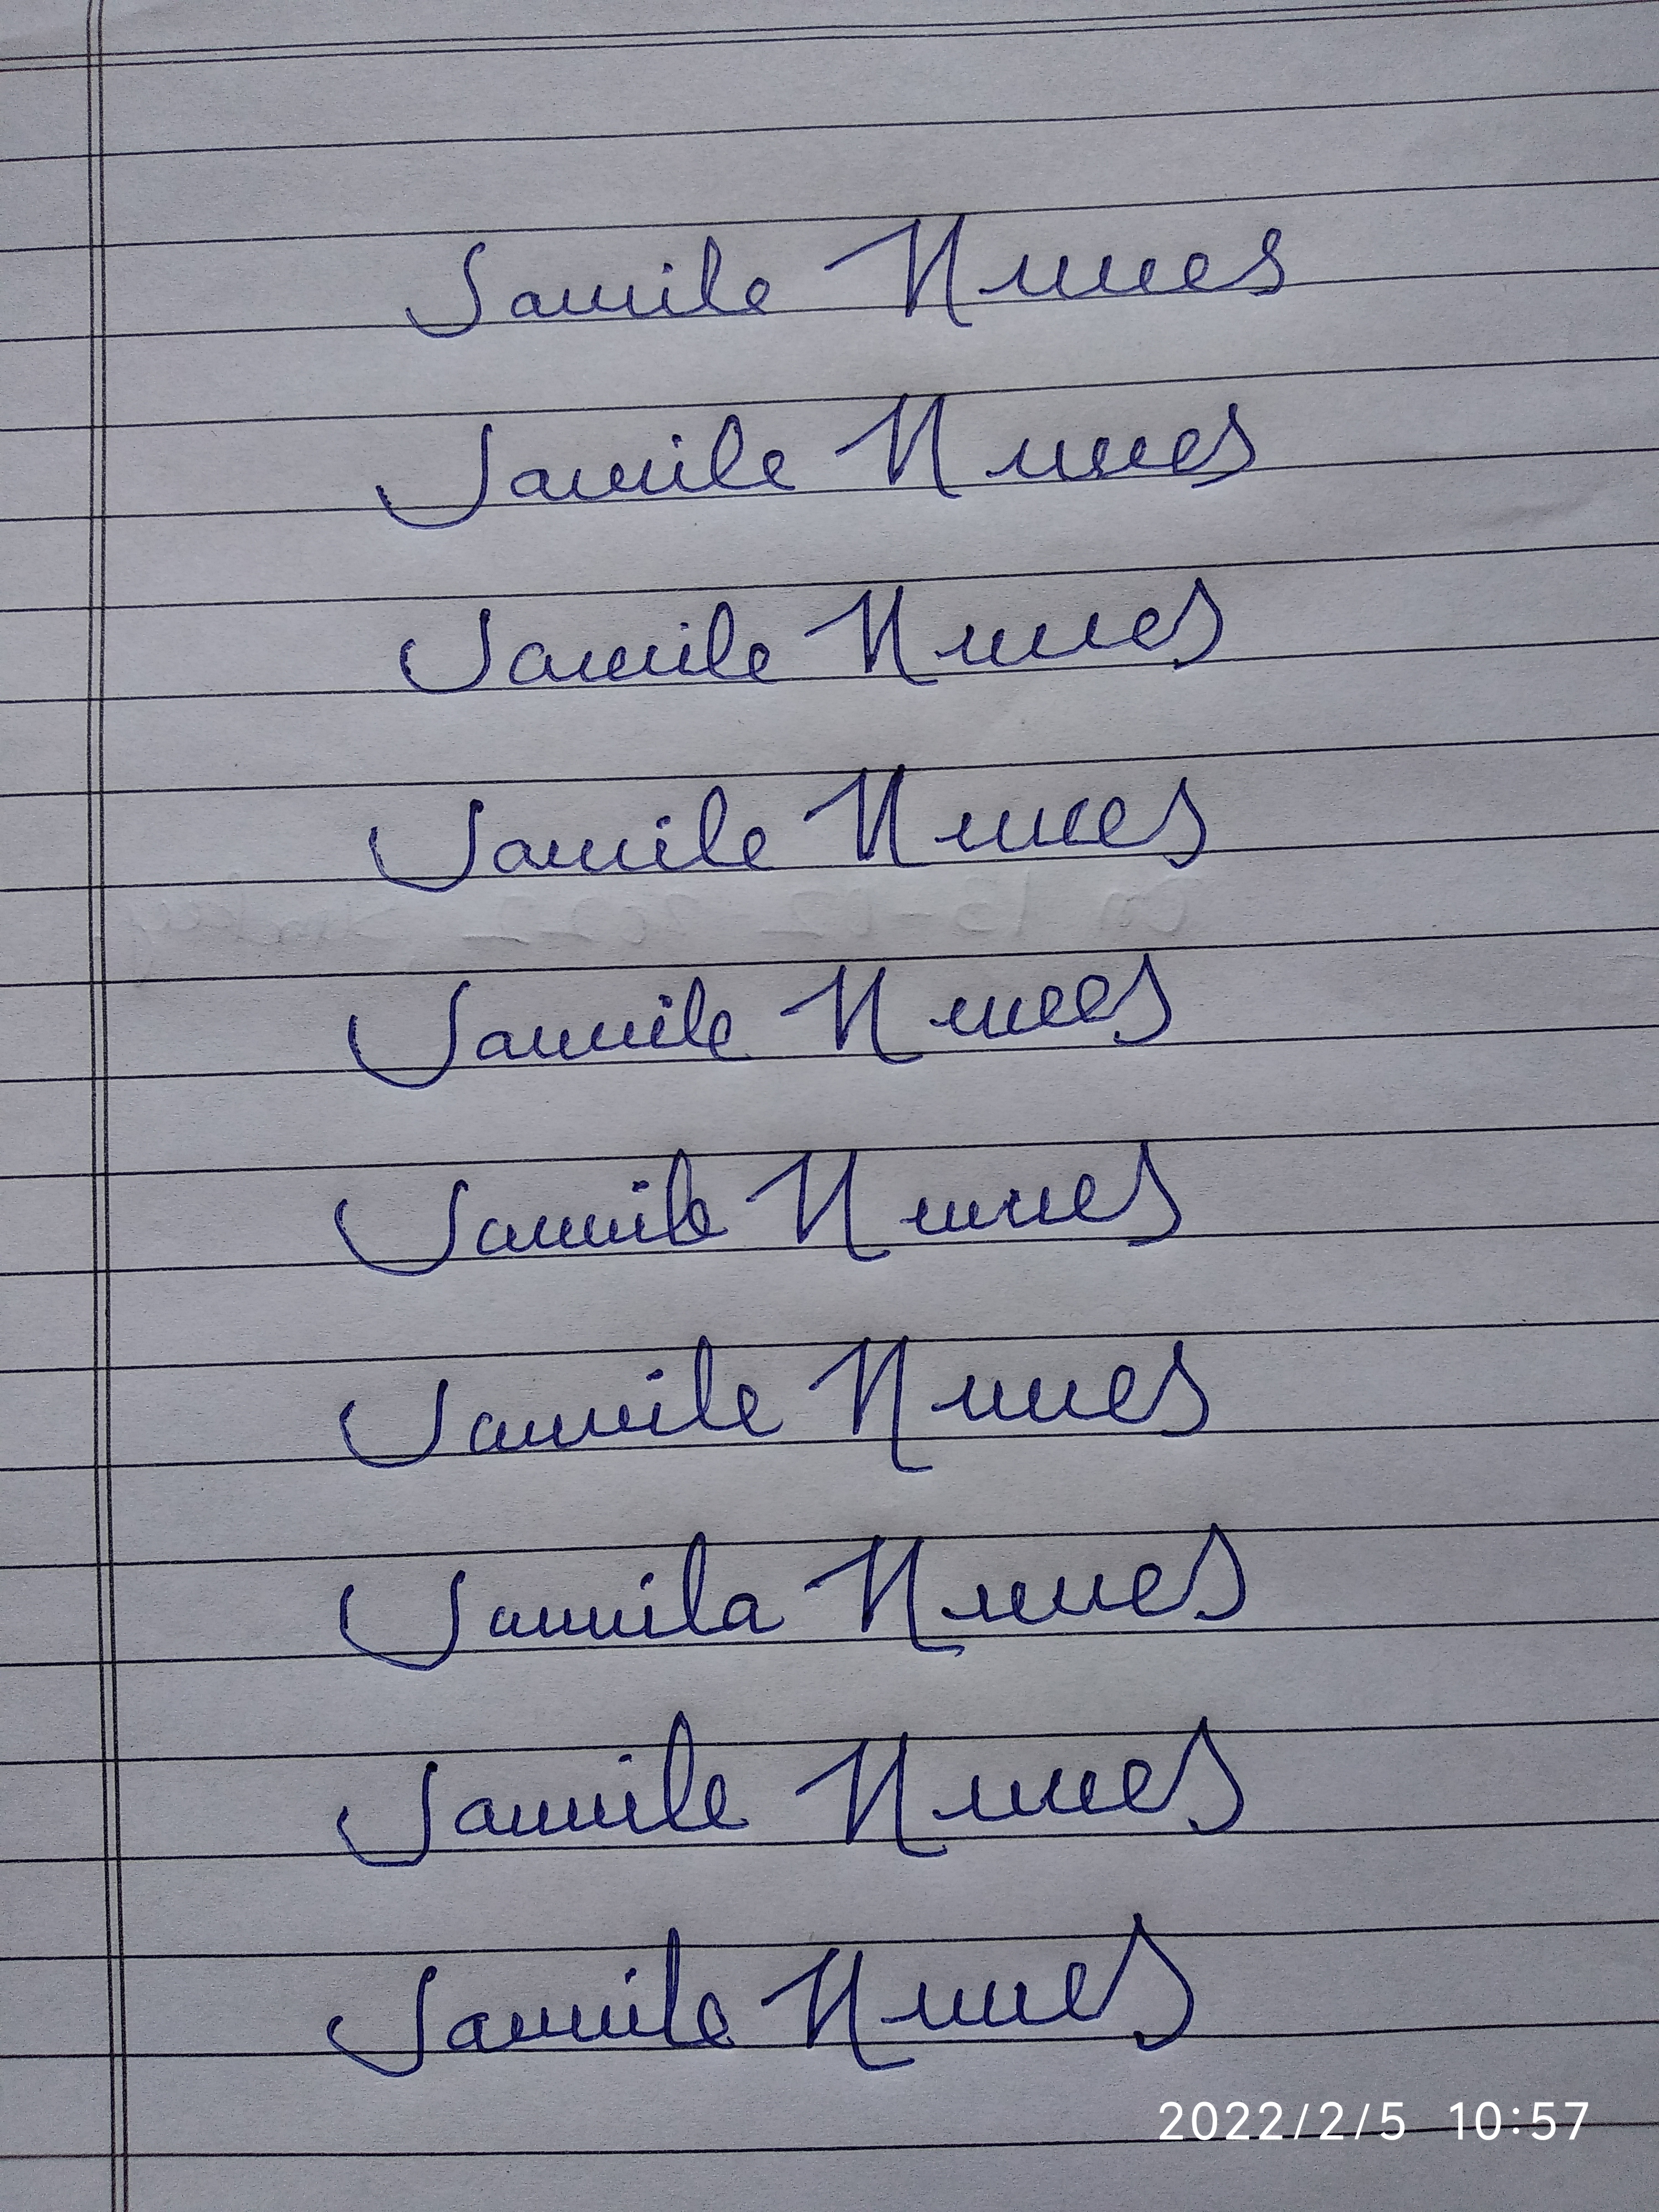
Signature authenticity: forged